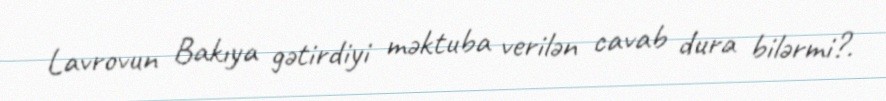
Lavrovun Bakıya gətirdiyi məktuba verilən cavab dura bilərmi?.